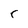
Character: r